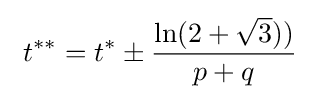
\ t^{**}=t^{*}\pm {\frac {\ln(2+{\sqrt {3}}))}{p+q}}